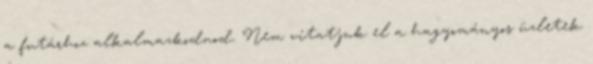
a futárhoz alkalmazkodnod. Nem vitatjuk el a hagyományos üzletek